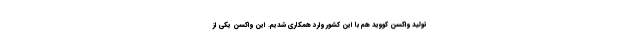
تولید واکسن کووید هم با این کشور وارد همکاری شدیم. این واکسن یکی از